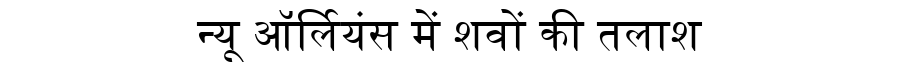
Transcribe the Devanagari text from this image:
न्यू ऑर्लियंस में शवों की तलाश